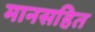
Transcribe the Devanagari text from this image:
मानसहित